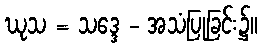
ဃုသ = သဒ္ဒေ - အသံပြုခြင်း၌။